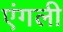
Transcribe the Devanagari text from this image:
एंगली